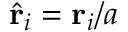
\hat { \mathbf { r } } _ { i } = \mathbf { r } _ { i } / a